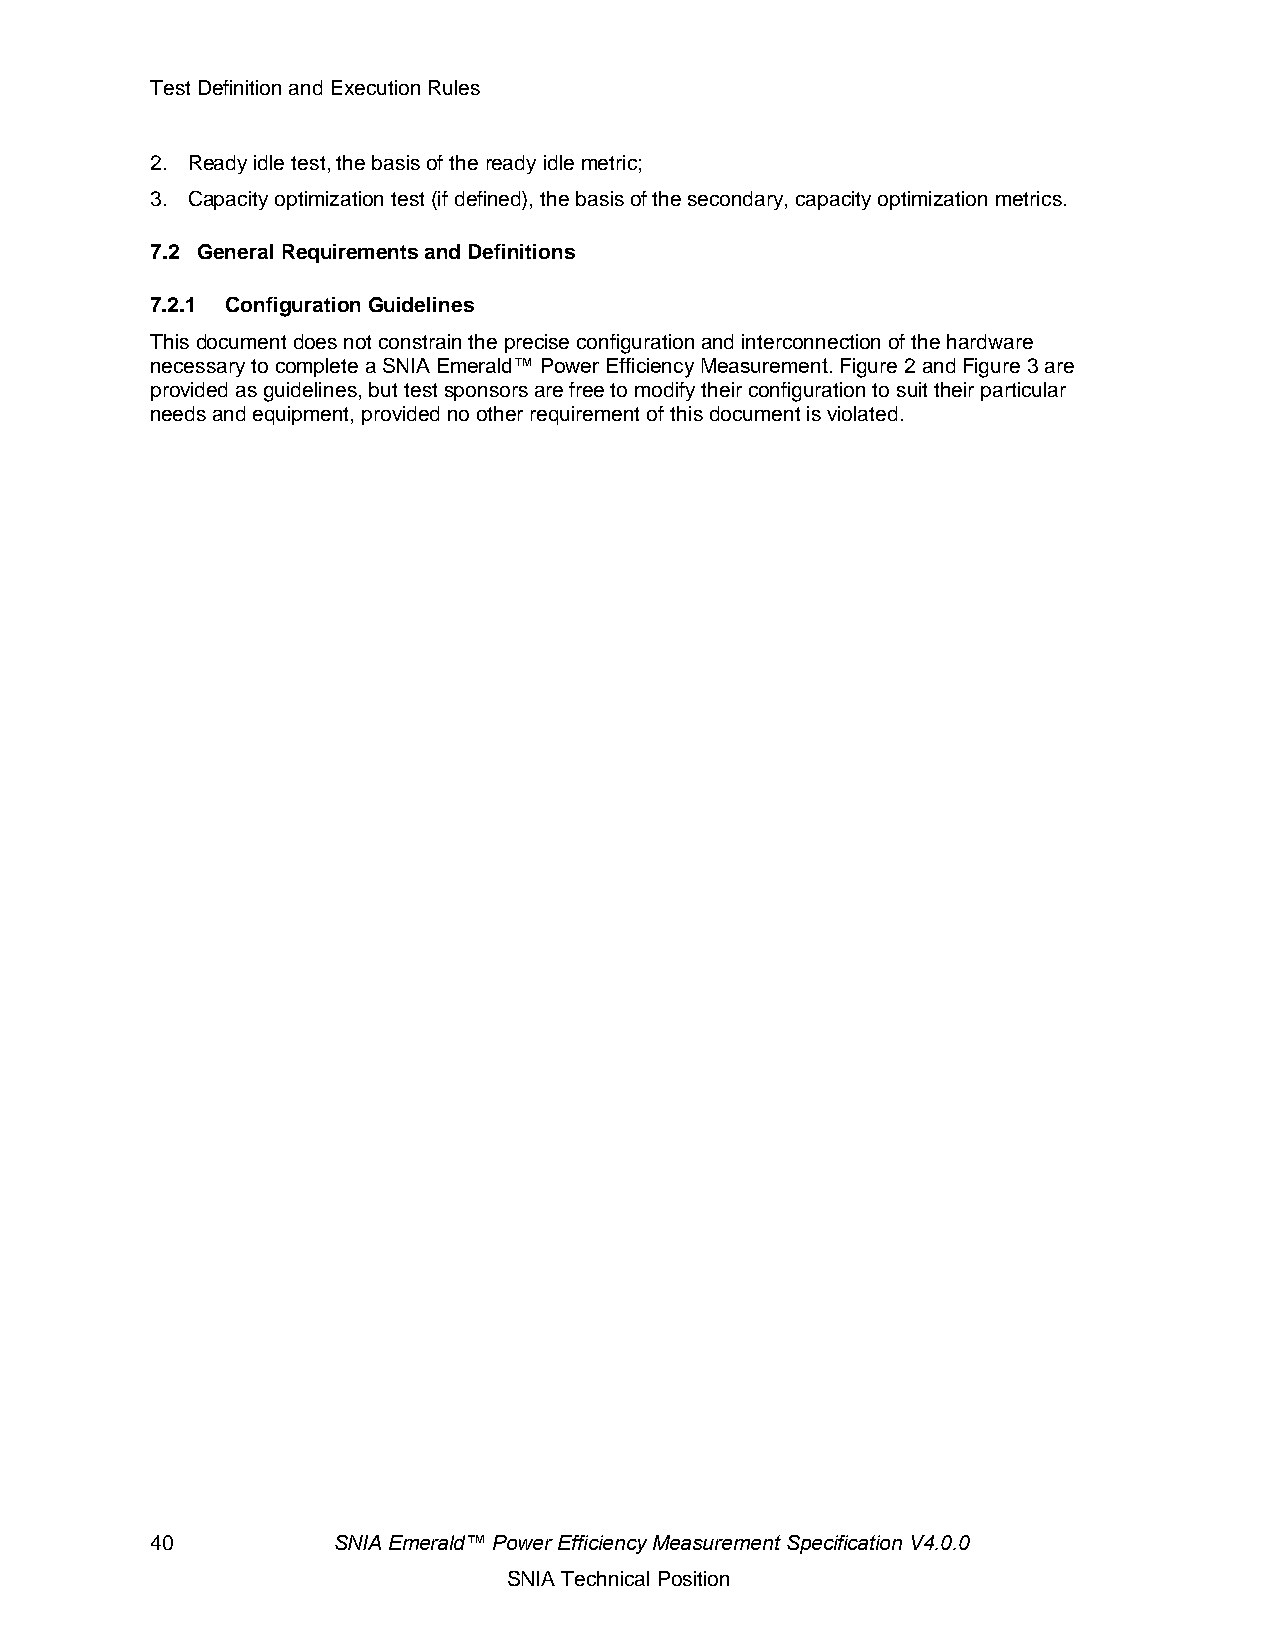
Test Definition and Execution Rules
 2. Ready idle test, the basis of the ready idle metric;
 3. Capacity optimization test (if defined), the basis of the secondary, capacity optimization metrics.
 7.2 General Requirements and Definitions
 7.2.1 Configuration Guidelines
 This document does not constrain the precise configuration and interconnection of the hardware
 necessary to complete a SNIA Emerald™ Power Efficiency Measurement. Figure 2 and Figure 3 are
 provided as guidelines, but test sponsors are free to modify their configuration to suit their particular
 needs and equipment, provided no other requirement of this document is violated.
 40          SNIA Emerald™ Power Efficiency Measurement Specification V4.0.0
 SNIA Technical Position